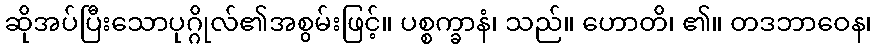
ဆိုအပ်ပြီးသောပုဂ္ဂိုလ်၏အစွမ်းဖြင့်။ ပစ္စက္ခာနံ၊ သည်။ ဟောတိ၊ ၏။ တဒဘာဝေန၊